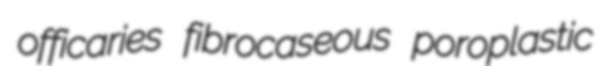
officaries fibrocaseous poroplastic